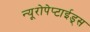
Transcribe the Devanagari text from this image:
न्यूरोपेप्टाईड्स